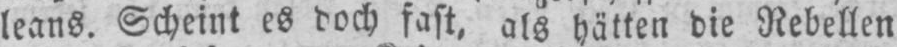
leans. Scheint es doch fast, als hätten die Rebellen